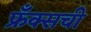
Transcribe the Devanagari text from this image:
फ्रँक्सची